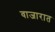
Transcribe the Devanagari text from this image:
वाजारात